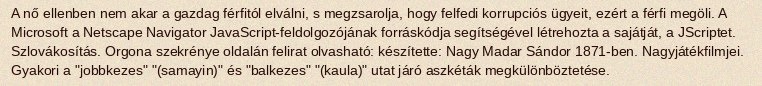
A nő ellenben nem akar a gazdag férfitól elválni, s megzsarolja, hogy felfedi korrupciós ügyeit, ezért a férfi megöli. A Microsoft a Netscape Navigator JavaScript-feldolgozójának forráskódja segítségével létrehozta a sajátját, a JScriptet. Szlovákosítás. Orgona szekrénye oldalán felirat olvasható: készítette: Nagy Madar Sándor 1871-ben. Nagyjátékfilmjei. Gyakori a "jobbkezes" "(samayin)" és "balkezes" "(kaula)" utat járó aszkéták megkülönböztetése.